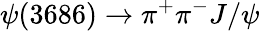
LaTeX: \psi(3686)\rightarrow\pi^{+}\pi^{-}J/\psi